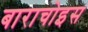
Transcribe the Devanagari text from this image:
बाराचोइस